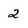
Character: 2